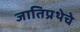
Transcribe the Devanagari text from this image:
जातिप्रथेचे